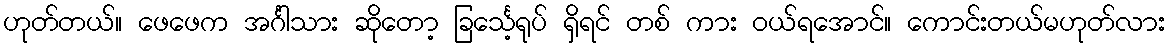
ဟုတ်တယ်။ ဖေဖေက အင်္ဂါသား ဆိုတော့ ခြင်္သေ့ရုပ် ရှိရင် တစ် ကား ဝယ်ရအောင်။ ကောင်းတယ်မဟုတ်လား